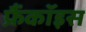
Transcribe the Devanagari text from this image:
फ्रैंकॉइस